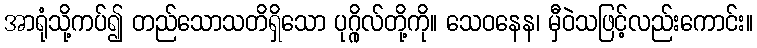
အာရုံသို့ကပ်၍ တည်သောသတိရှိသော ပုဂ္ဂိုလ်တို့ကို။ သေဝနေန၊ မှီဝဲသဖြင့်လည်းကောင်း။